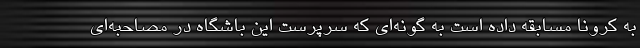
به کرونا مسابقه داده است به گونه‌ای که سرپرست این باشگاه در مصاحبه‌ای